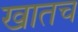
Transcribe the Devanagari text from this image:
खातच